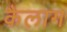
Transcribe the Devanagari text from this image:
कैलाग